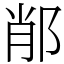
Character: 𨛍